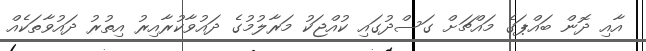
އާއި ދޮން ބައްޕަގެ މައްޗަށް ގަސްދުގައި ކުއްޖަކު މަރާލުމުގެ ދައުވާކުރާއިރު އިތުރު ދައުވާތަކެއް